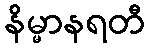
နိမ္မာနရတီ